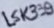
Text: LSK339